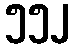
၅၅၂